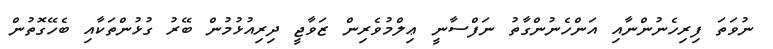
ނުވަތަ ފިރިހެނުންނާއި އަންހެނުންގާތު ނަފްސާނީ ޢިލްމުވެރިން ޒަވާޖީ ދިރިއުޅުމުން ބޭރު ގުޅުންތަކާއި ބެހޭގޮތުން